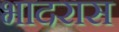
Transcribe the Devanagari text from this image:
भादरास